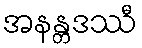
အနန္တဒဿီ